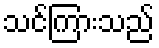
သင်ကြားသည်